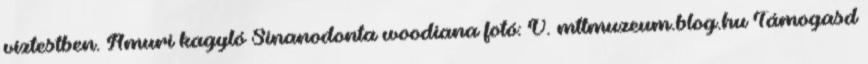
víztestben. Amuri kagyló Sinanodonta woodiana fotó: V. mttmuzeum.blog.hu Támogasd